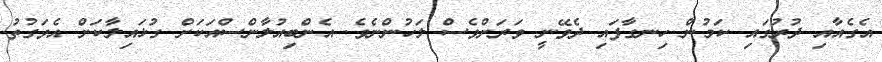
އެގެއާއި ދުރުގައި ކަމުން ހިނގާފައި ދެވޭނީ ވަރަށްވެސް ލަހުންނެވެ. އެންބިއުލާންސްއަކަށް ގުޅައިލާކަށް އެވަގުތު